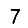
Digit: 7